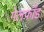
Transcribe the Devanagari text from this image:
गेलफाँड